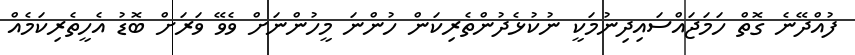
ފުއްދޭނެ ގޮތް ހަމަޖައްސައިދިނުމަކީ ނުކުޅެދުންތެރިކަން ހުންނަ މީހުންނަށް ވެވޭ ވަރަށް ބޮޑު އެހީތެރިކަމެއް